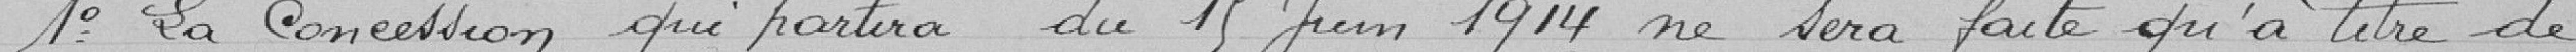
1° La concession qui  partira, du 15 juin 1914 ne sera faite qu'à titre de